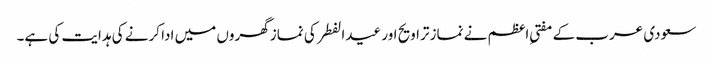
سعودی عرب کے مفتیِ اعظم نے نماز تراویح اور عیدالفطر کی نماز گھروں میں ادا کرنے کی ہدایت کی ہے۔